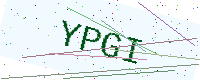
Text: YPGI